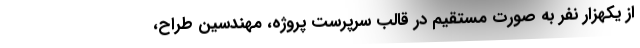
از يكهزار نفر به صورت مستقيم در قالب سرپرست پروژه، مهندسين طراح،